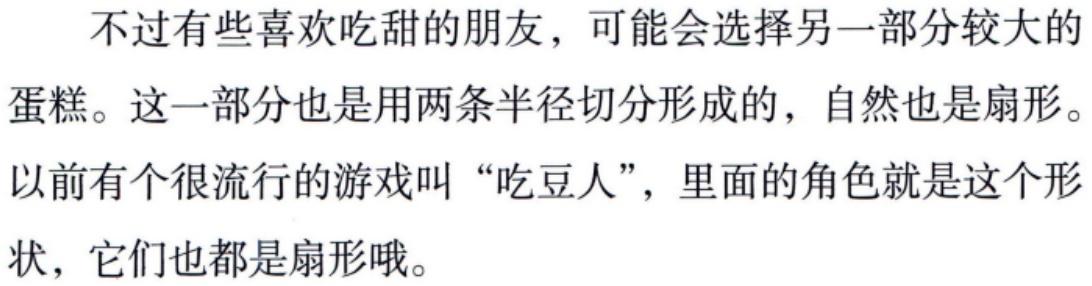
不过有些喜欢吃甜的朋友，可能会选择另一部分较大的

蛋糕。这一部分也是用两条半径切分形成的，自然也是扇形。

以前有个很流行的游戏叫“吃豆人”，里面的角色就是这个形

状，它们也都是扇形哦。